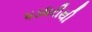
પડધરીથી